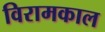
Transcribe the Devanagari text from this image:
विरामकाल